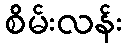
စိမ်းလန်း